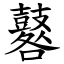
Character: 鼛